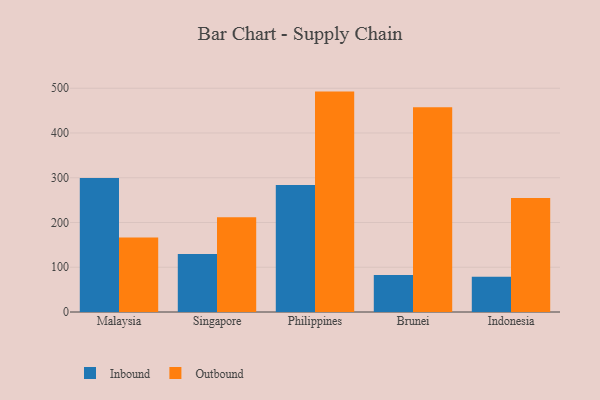
{"axis": {"x": "Country", "y": "Active Users"}, "legend": ["Inbound", "Outbound"], "data": [{"x": "Malaysia", "y": 299.7, "type": "Inbound"}, {"x": "Malaysia", "y": 166.3, "type": "Outbound"}, {"x": "Singapore", "y": 129.5, "type": "Inbound"}, {"x": "Singapore", "y": 211.8, "type": "Outbound"}, {"x": "Philippines", "y": 283.7, "type": "Inbound"}, {"x": "Philippines", "y": 492.5, "type": "Outbound"}, {"x": "Brunei", "y": 82.8, "type": "Inbound"}, {"x": "Brunei", "y": 457.6, "type": "Outbound"}, {"x": "Indonesia", "y": 78.7, "type": "Inbound"}, {"x": "Indonesia", "y": 254.8, "type": "Outbound"}]}